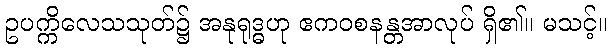
ဥပက္ကိလေသသုတ်၌ အနုရုဒ္ဓဟု ဧကဝစနန္တအာလုပ် ရှိ၏။ မသင့်။